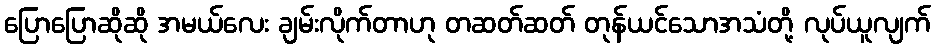
ပြောပြောဆိုဆို အမယ်လေး ချမ်းလိုက်တာဟု တဆတ်ဆတ် တုန်ယင်သောအသံတို့ လုပ်ယူလျက်